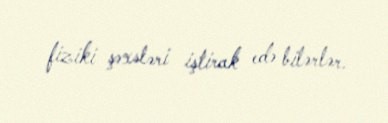
fiziki şəxsləri iştirak edə bilərlər.